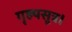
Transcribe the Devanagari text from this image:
गृह्यसूत्र।